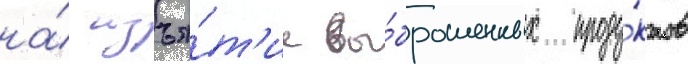
на́ изъя́т'ие вы́брошенных проду́ктов